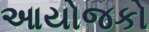
આયોજકો